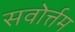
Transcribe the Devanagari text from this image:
सवोर्त्तम